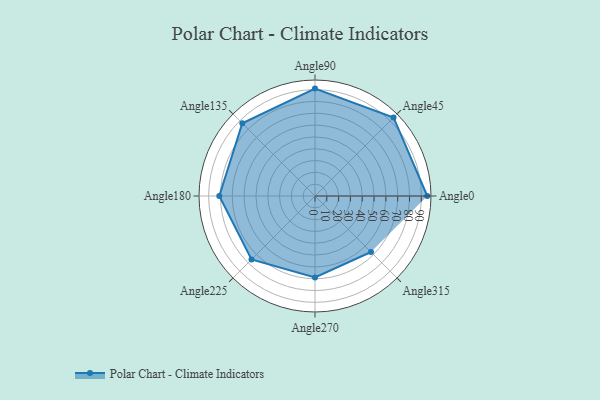
{"axis": {"x": "Angle", "y": "Radius"}, "legend": [""], "data": [{"x": "Angle0", "y": 95.0, "type": ""}, {"x": "Angle45", "y": 94.0, "type": ""}, {"x": "Angle90", "y": 91.0, "type": ""}, {"x": "Angle135", "y": 87.0, "type": ""}, {"x": "Angle180", "y": 81.0, "type": ""}, {"x": "Angle225", "y": 76.0, "type": ""}, {"x": "Angle270", "y": 69.0, "type": ""}, {"x": "Angle315", "y": 67.0, "type": ""}]}